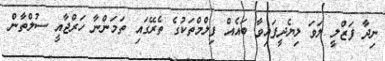
ނިދާ ފަޒްލީ ލަވަ ލިޔެދީފައިވާ ބައެއް ފިލްމްތަކުގެ ތެރޭގައި ތަމަންނާ ހަރްޖާއީ ސުލްތާން